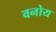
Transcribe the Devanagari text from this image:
वनोय